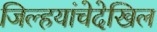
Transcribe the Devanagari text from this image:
जिल्हयांचेदेखिल